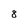
Character: 8